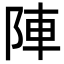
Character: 陣